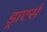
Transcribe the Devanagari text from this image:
ड्राएर्स